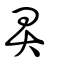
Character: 畀